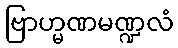
ဗြာဟ္မဏမဏ္ဍလံ